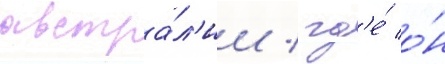
австра́л'ии / гд'е́ о́н